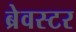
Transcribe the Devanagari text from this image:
ब्रेवस्टर